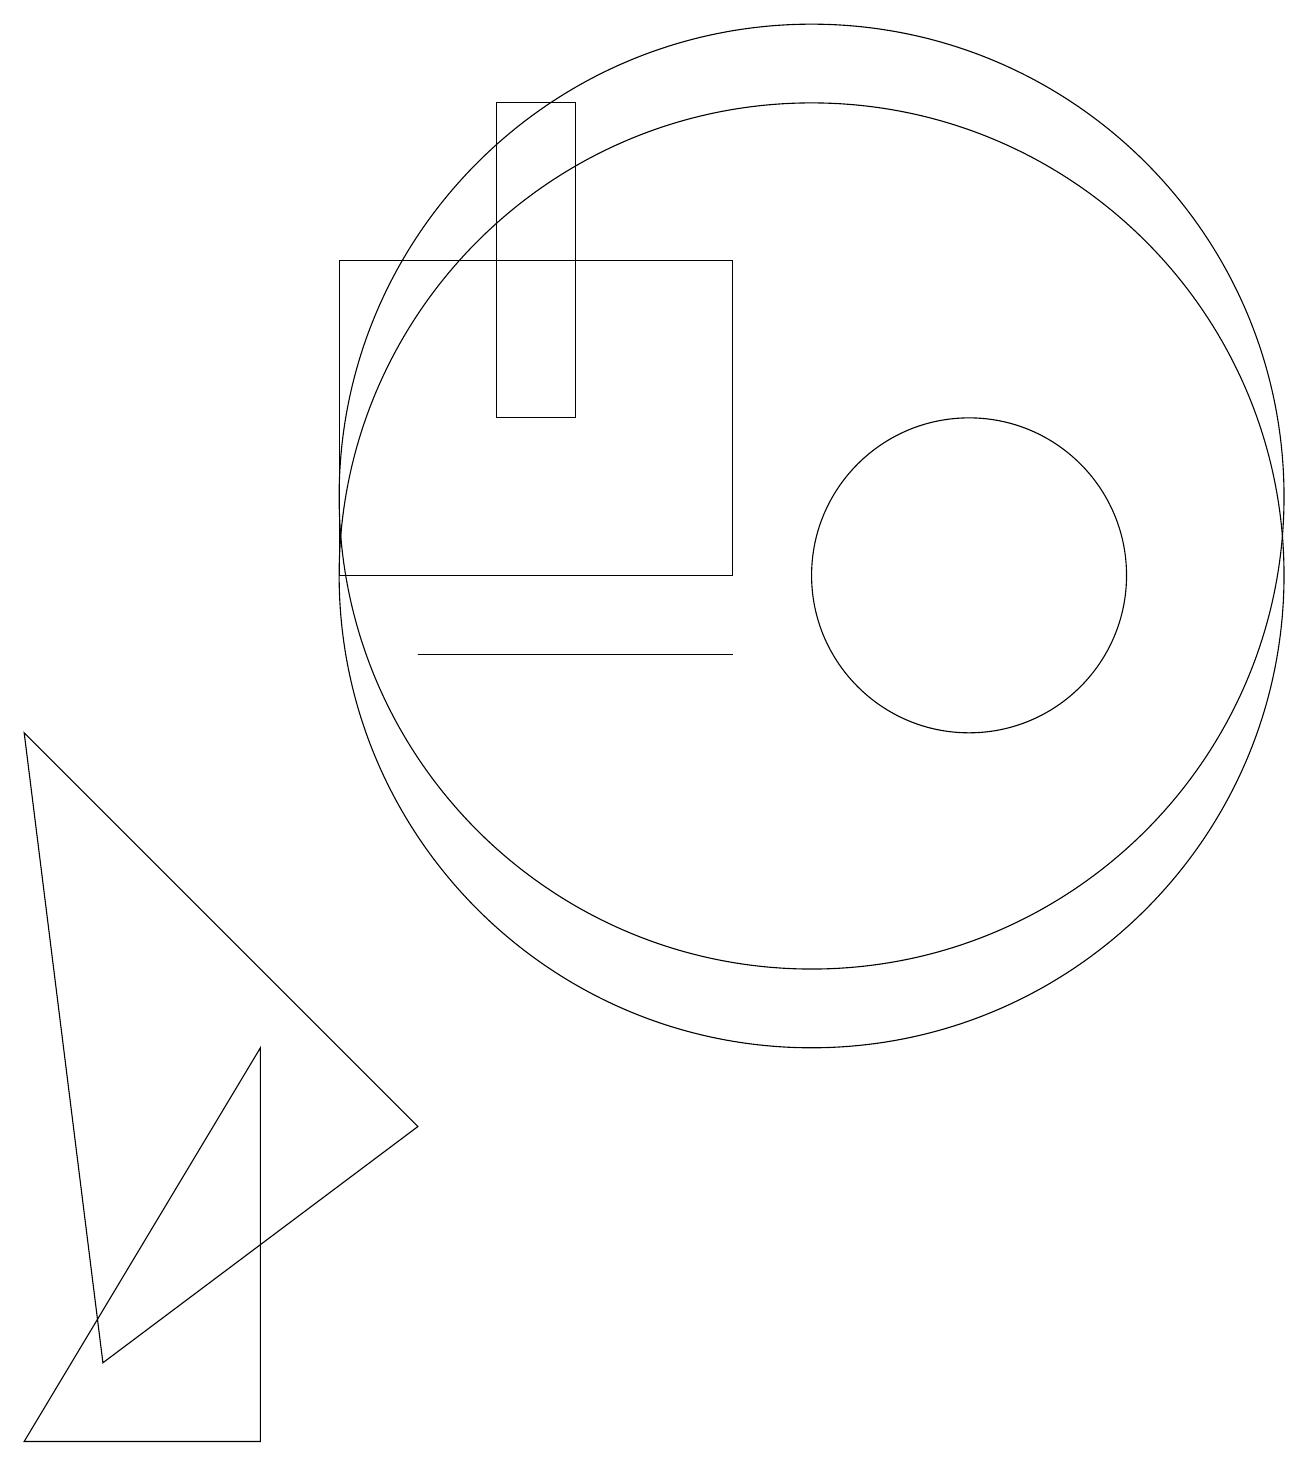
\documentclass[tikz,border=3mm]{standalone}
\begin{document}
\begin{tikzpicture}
\draw (5,4) -- (0,9) -- (1,1) -- cycle;
\draw (5,10) rectangle (9,10);
\draw (10,12) circle (6);
\draw (10,11) circle (6);
\draw (9,11) rectangle (4,15);
\draw (12,11) circle (2);
\draw (3,0) -- (3,5) -- (0,0) -- cycle;
\draw (6,17) rectangle (7,13);
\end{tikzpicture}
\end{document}